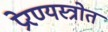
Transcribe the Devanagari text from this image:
प्रेरण्यस्त्रोत